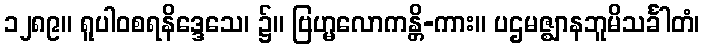
၁၂၈၉။ ရူပါဝစရနိဒ္ဒေသေ၊ ၌။ ဗြဟ္မလောကန္တိ-ကား။ ပဌမဇ္ဈာနဘူမိသင်္ခါတံ၊